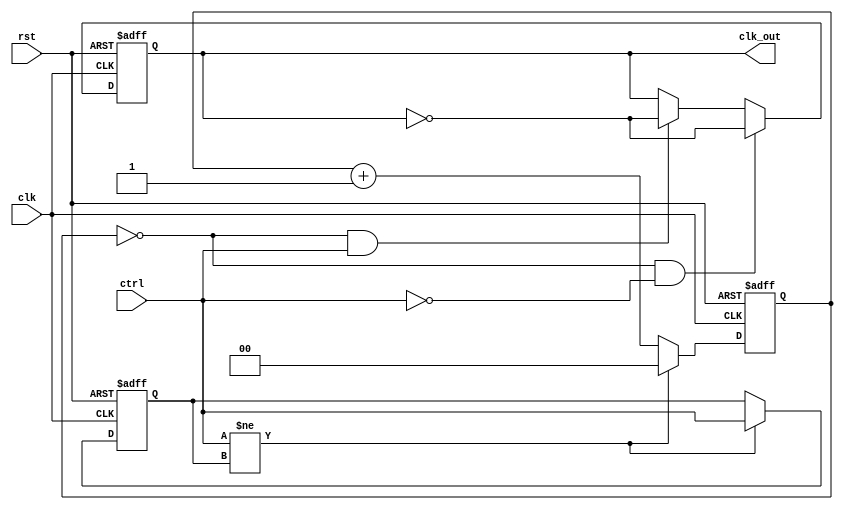
module dual_modulus_clock_divider(
  input clk,
  input rst,
  input ctrl,
  output reg clk_out
);

reg [1:0] count;
reg ctrl_delayed;

always @(posedge clk or posedge rst) begin
  if (rst) begin
    count <= 2'b00;
    ctrl_delayed <= 1'b0;
    clk_out <= 0;
  end else begin
    if (ctrl != ctrl_delayed) begin
      count <= 2'b00;
      ctrl_delayed <= ctrl;
    end else begin
      count <= count + 1;
    end

    if (count == 2'b00 && ctrl == 1'b0) begin
      clk_out <= ~clk_out;
    end else if (count == 2'b00 && ctrl == 1'b1) begin
      clk_out <= ~clk_out;
    end
  end
end

endmodule